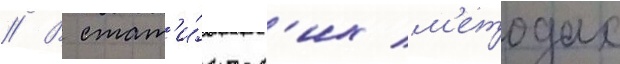
// В стат'и́ческ'их м'етодах